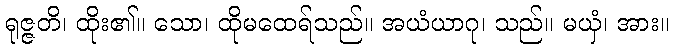
ရုဇ္ဇတိ၊ ထိုး၏။ သော၊ ထိုမထေရ်သည်။ အယံယာဂု၊ သည်။ မယှံ၊ အား။